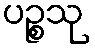
ပဉ္စသု